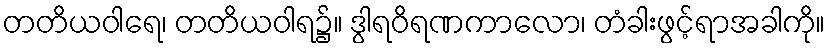
တတိယဝါရေ၊ တတိယဝါရ၌။ ဒွါရဝိရဏကာလော၊ တံခါးဖွင့်ရာအခါကို။